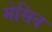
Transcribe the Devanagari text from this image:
मेसिव